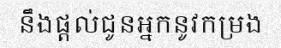
នឹងផ្តល់ជូនអ្នកនូវកម្រង